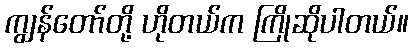
ကျွန်တော်တို့ ဟိုတယ်က ကြိုဆိုပါတယ်။